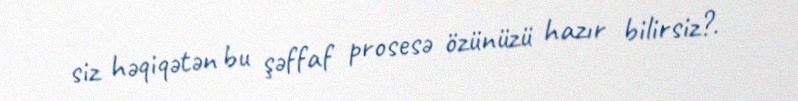
siz həqiqətən bu şəffaf prosesə özünüzü hazır bilirsiz?.